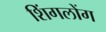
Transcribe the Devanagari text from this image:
शिंगलोंग